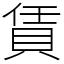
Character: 賃